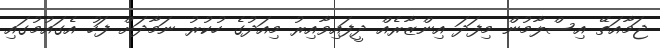
ޖަމާއަތޭ އިސްލާމުން މިފަދަ އިންޒާރެއް ދީފައިވާއިރު މިއަދުގެ ހުކުރު ނަމާދަށް ފަހު އެގައުމުގައި